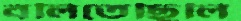
বলিতেছিলি